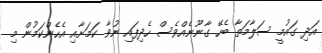
އަދި ގައުމީ ސަލާމަތާ ބެހޭ ގާނޫނެއްވެސް ހެދިފައި ނުވާ ކަމަށާއި އެހެންކަމުން މި